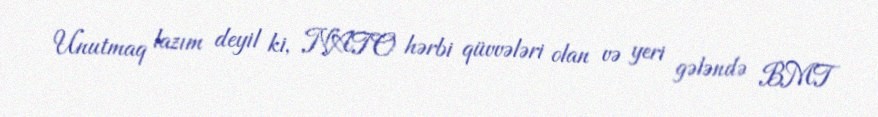
Unutmaq lazım deyil ki, NATO hərbi qüvvələri olan və yeri gələndə BMT